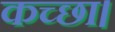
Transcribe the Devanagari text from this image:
कच्छा।